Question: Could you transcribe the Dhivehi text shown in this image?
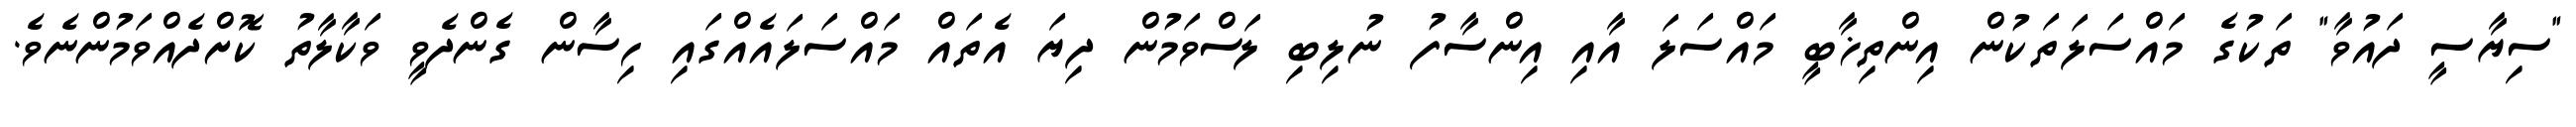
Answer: "ސިޔާސީ ދައުވާ" ތަކުގެ މައްސަލަތަކުން އިންތިޚާބީ މައްސަލަ އާއި އިންސާފު ނުލިބި ލަސްވަމުން ދިޔަ އެތައް މައްސަލައެއްގައި ހިސާން ގެންދެވީ ވަކާލާތު ކޮށްދެއްވަމުންނެވެ.